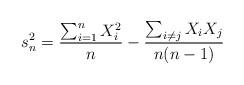
LaTeX: \begin{align*}s_n^2 = \frac{\sum_{i =1}^n X_i^2} {n} - \frac{\sum_{i \neq j} X_i X_j}{n (n-1)}\end{align*}